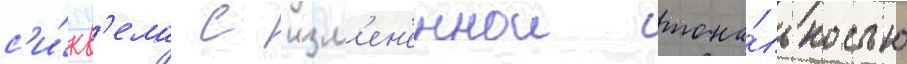
с'и́кв'ела с изм'ен'еннои тона́льностью